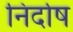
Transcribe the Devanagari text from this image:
निर्दाष